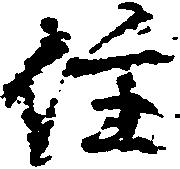
住